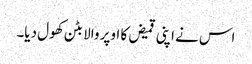
اس نے اپنی قمیض کا اوپر والا بٹن کھول دیا۔